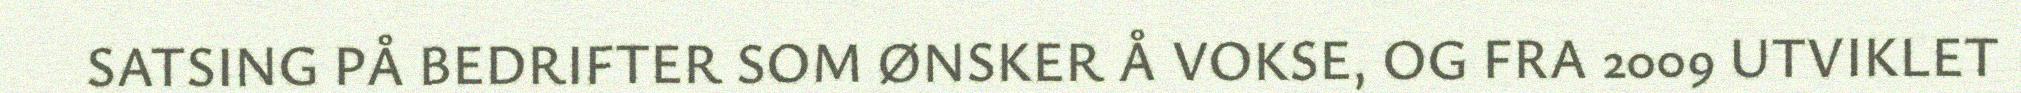
SATSING PÅ BEDRIFTER SOM ØNSKER Å VOKSE, OG FRA 2009 UTVIKLET